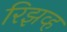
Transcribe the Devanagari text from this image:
रिझव्ह